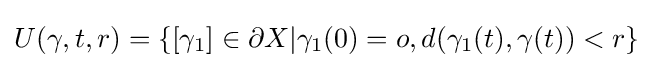
U(\gamma ,t,r)=\{[\gamma _{1}]\in \partial X|\gamma _{1}(0)=o,d(\gamma _{1}(t),\gamma (t))<r\}